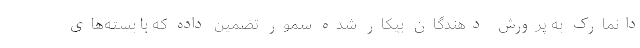
دانمارک به پرورش دهندگان بیکار شده سمور تضمین داده که با بسته‌های